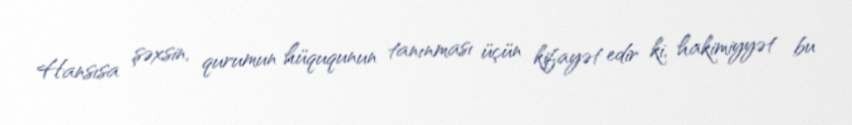
Hansısa şəxsin, qurumun hüququnun tanınması üçün kifayət edir ki, hakimiyyət bu